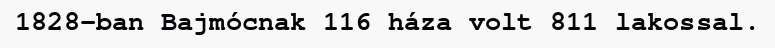
1828-ban Bajmócnak 116 háza volt 811 lakossal.